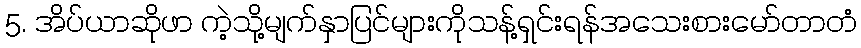
5. အိပ်ယာဆိုဖာ ကဲ့သို့မျက်နှာပြင်များကိုသန့်ရှင်းရန်အသေးစားမော်တာတံ